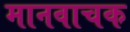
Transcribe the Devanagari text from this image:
मानवाचक